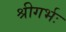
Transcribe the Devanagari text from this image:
श्रीगर्भः